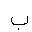
Letter: _ba